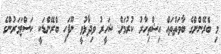
މި ބްެރޭންށްގެ ބާވަތްތައް އިޝްތިހާރު ކުރުމަށް ޝަހީރު ވިދާޅުވީ ނޫފަހި ބްރޭންޑަކީ ކަސްޓަމަރުންގެ